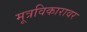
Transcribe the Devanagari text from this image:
मूत्रविकारावर